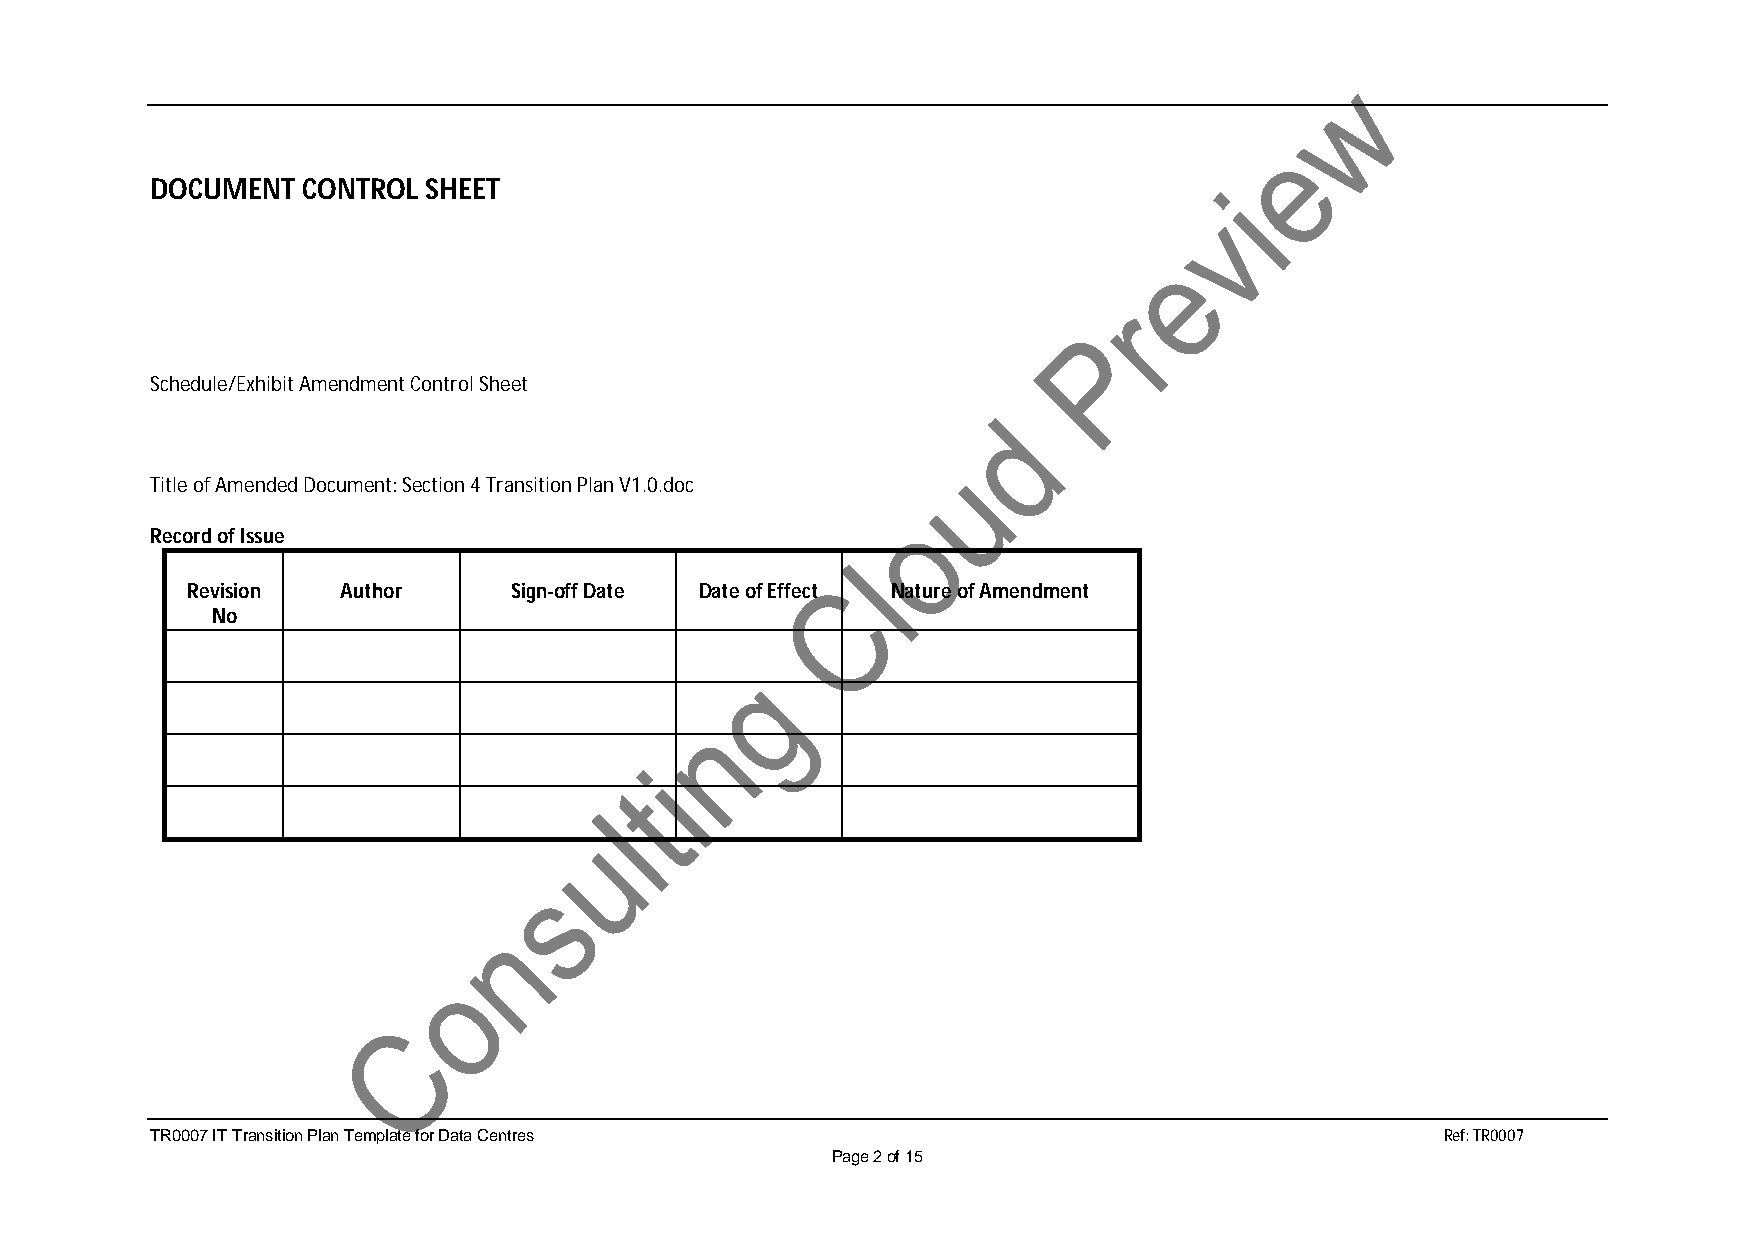
DOCUMENT  CONTROL SHEET
 Schedule/Exhibit Amendment Control Sheet
 Title of Amended Document: Section 4 Transition Plan V1.0.doc
 Record of Issue
 Revision   Author     Sign-off Date Date of Effect Nature of Amendment
 No
 TR0007 IT Transition Plan Template for Data Centres                                   Ref: TR0007
 Page 2 of 15